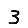
Digit: 3